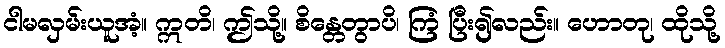
ငါမလှမ်းယူအံ့။ ဣတိ၊ ဤသို့။ စိန္တေတွာပိ၊ ကြံ ပြီး၍လည်း။ ဟောတု၊ ထိုသို့